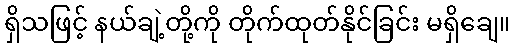
ရှိသဖြင့် နယ်ချဲ့တို့ကို တိုက်ထုတ်နိုင်ခြင်း မရှိချေ။